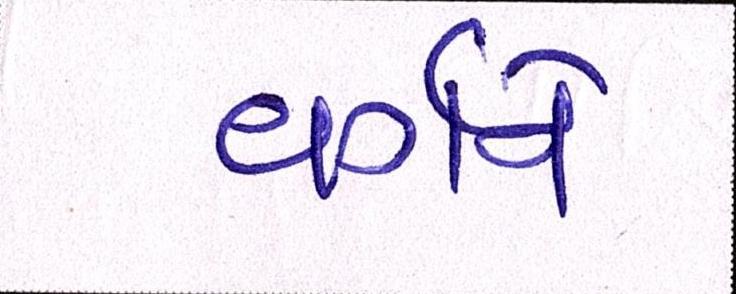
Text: વર્ગને